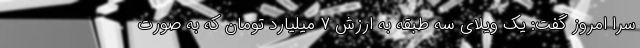
سرا امروز گفت: یک ویلای سه طبقه به ارزش ۷ میلیارد تومان که به صورت